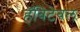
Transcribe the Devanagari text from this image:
हॅबिटेबल